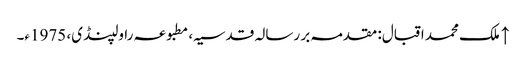
↑ ملک محمد اقبال: مقدمہ بر رسالہ قدسیہ، مطبوعہ راولپنڈی، 1975ء۔